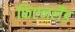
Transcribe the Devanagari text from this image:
फिएनलैंड